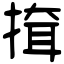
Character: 𢱕